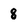
Character: 8